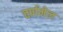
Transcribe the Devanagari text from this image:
वर्णमेल